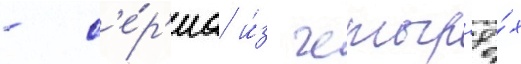
- с'е́р'иа и́з четыр'ё́х